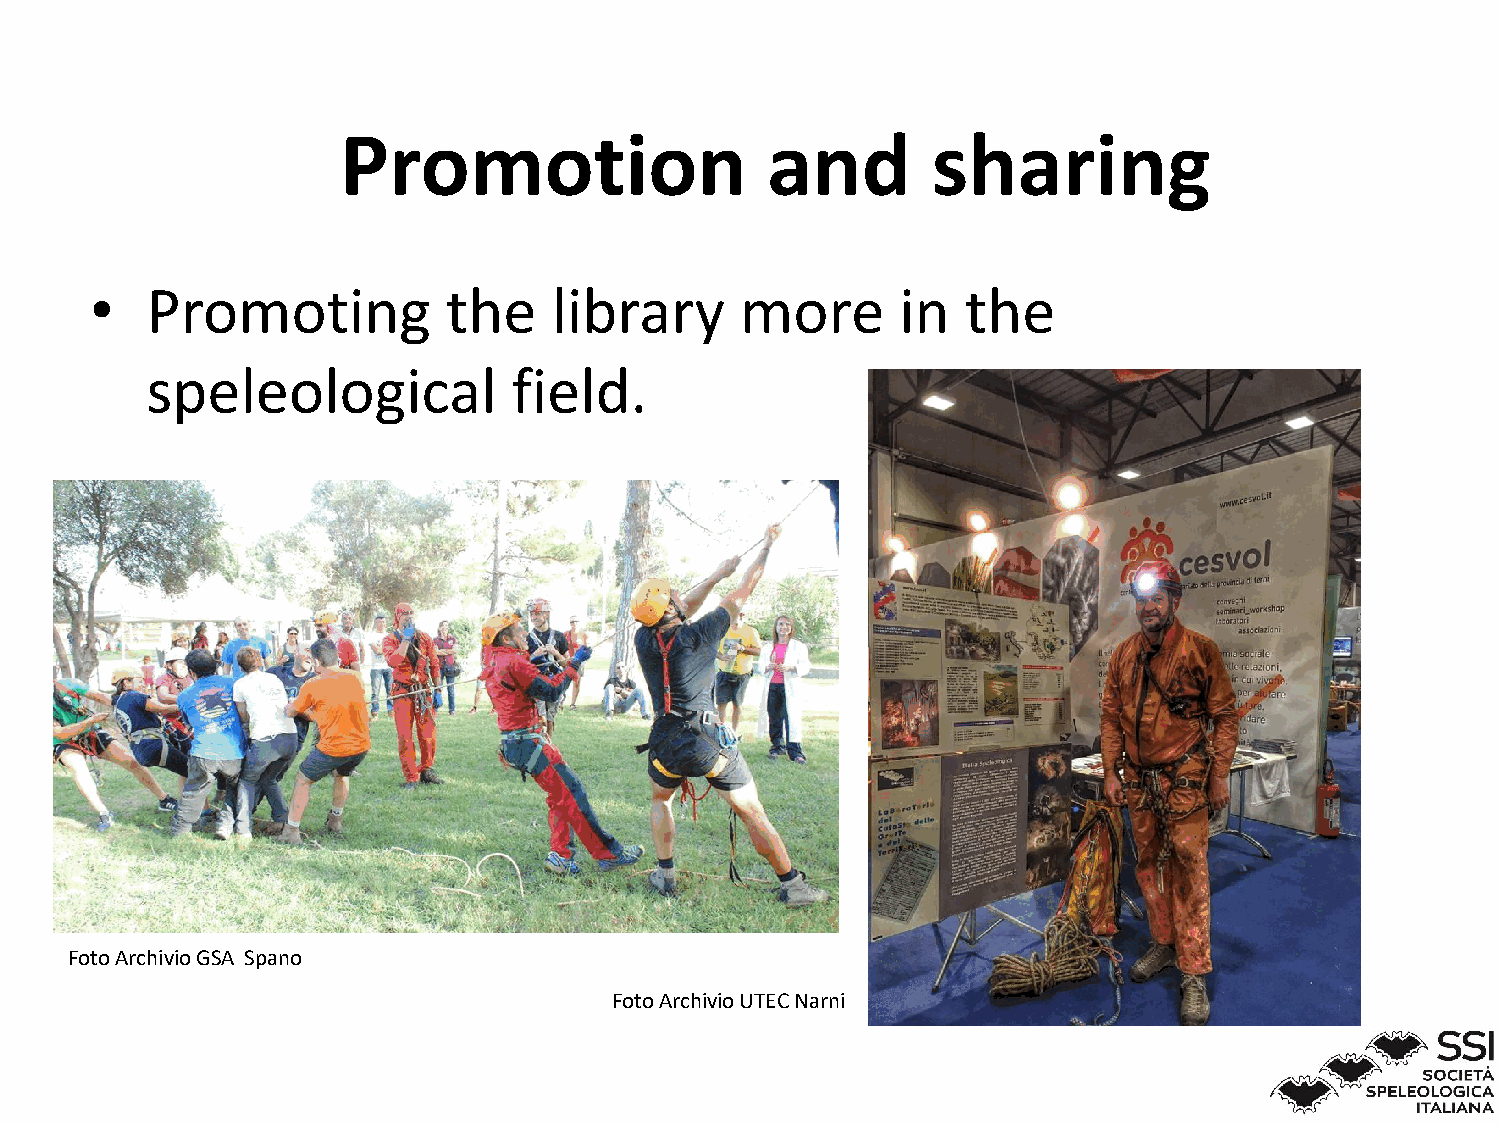
Promotion                   and        sharing
 •   Promoting           the    library     more       in  the
 speleological           field.
 Foto Archivio GSA Spano
 Foto Archivio UTEC Narni